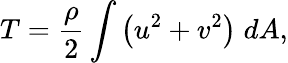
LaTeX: T=\frac{\rho}{2}\int\left(u^{2}+v^{2}\right)\; dA,